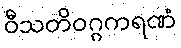
ဝီသတိဝဂ္ဂကရဏံ